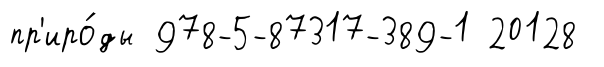
пр'иро́ды 978-5-87317-389-1 20128